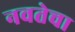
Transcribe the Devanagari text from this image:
नवतेचा